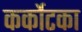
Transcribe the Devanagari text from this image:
कर्कोटका